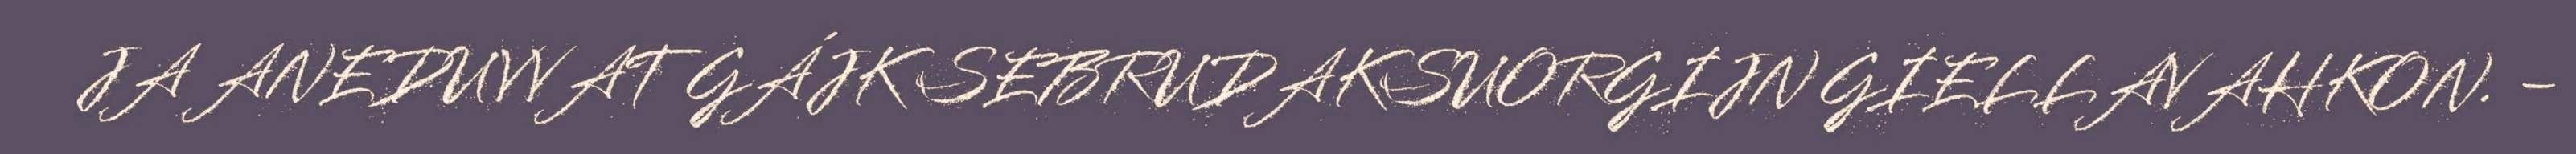
JA ANEDUVVAT GÁJK SEBRUDAKSUORGIJN GIELLAVAHKON. −